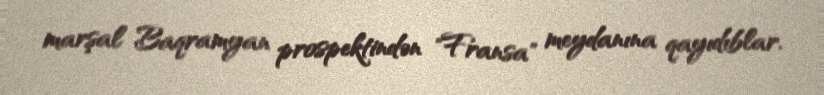
marşal Baqramyan prospektindən "Fransa" meydanına qayıdıblar.